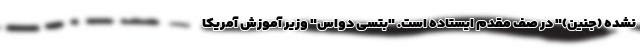
نشده (جنین)" در صف مقدم ایستاده است. "بتسی دواس" وزیر آموزش آمریکا